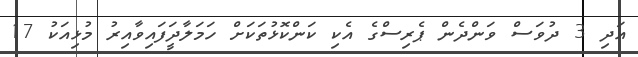
އަދި 3 ދުވަސް ވަންދެން ޕެރިސްގެ އެކި ކަންކޮޅުތަކަށް ހަމަލާދީަަފައިވާއިރު މުޅިއަކު 17